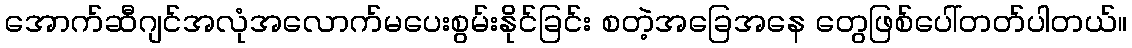
အောက်ဆီဂျင်အလုံအလောက်မပေးစွမ်းနိုင်ခြင်း စတဲ့အခြေအနေ တွေဖြစ်ပေါ်တတ်ပါတယ်။